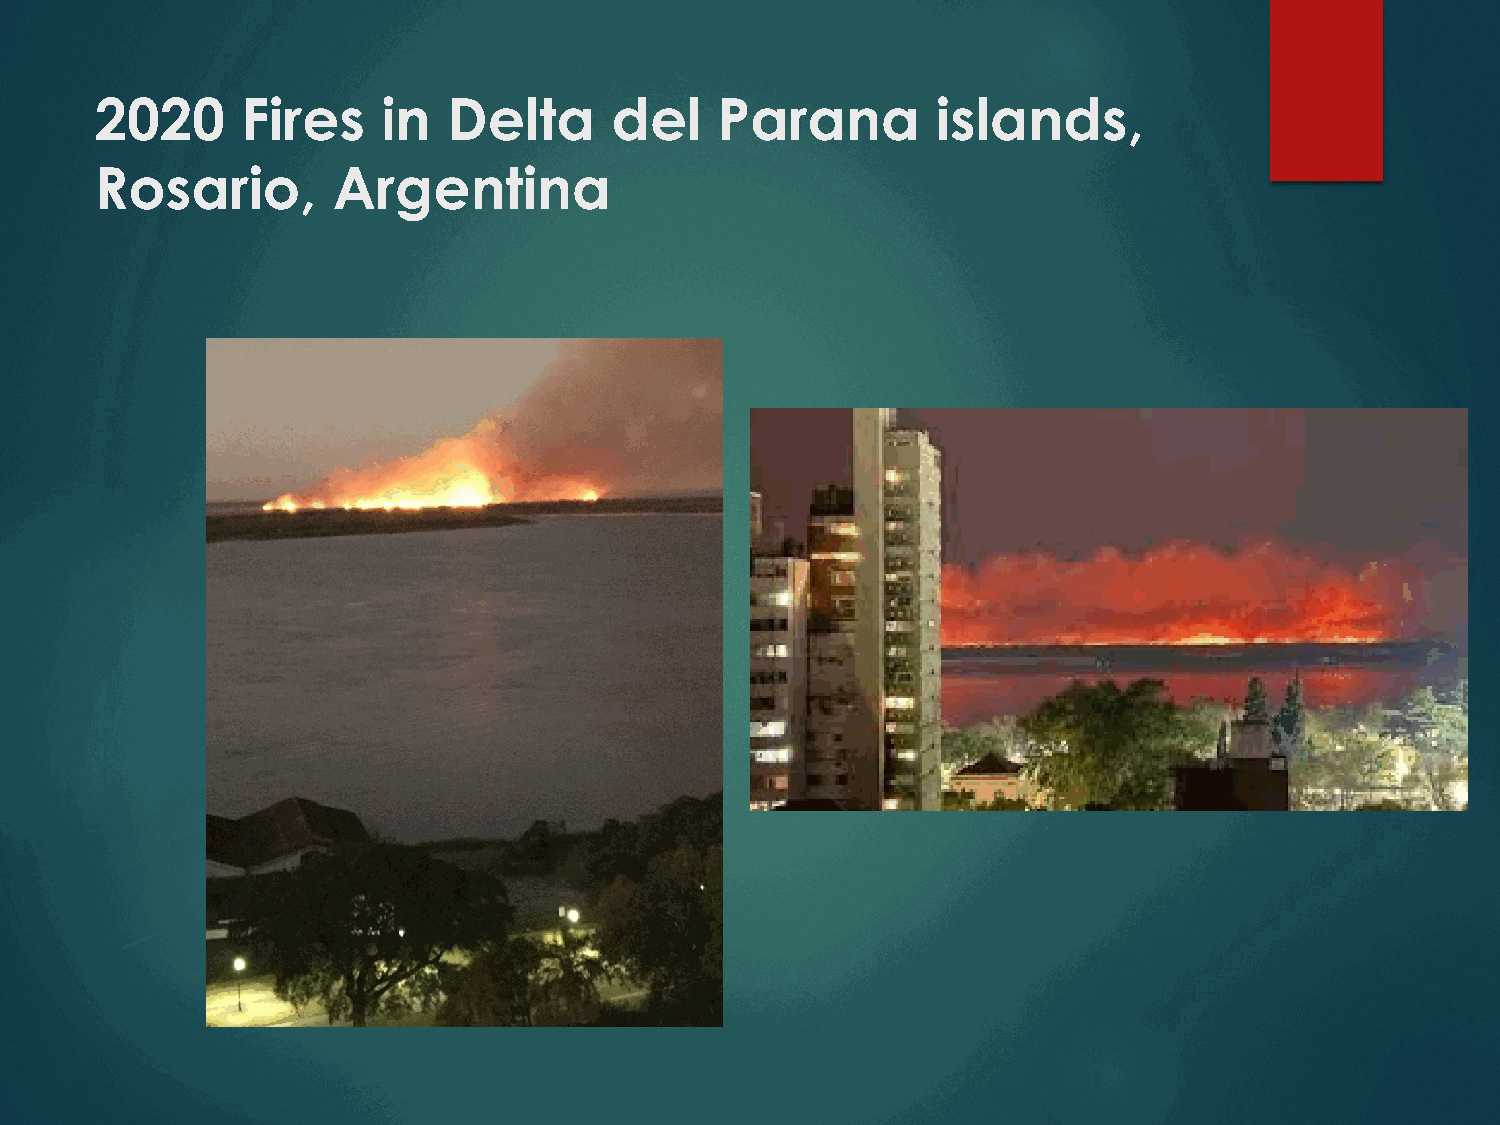
2020      Fires    in   Delta     del     Parana        islands,
 Rosario,        Argentina